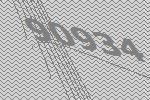
90934